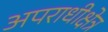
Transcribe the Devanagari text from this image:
अपराधीक्षेत्र